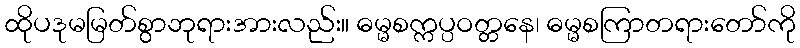
ထိုပဒုမမြတ်စွာဘုရားအားလည်း။ ဓမ္မစက္ကပ္ပဝတ္တနေ၊ ဓမ္မစကြာတရားတော်ကို